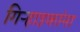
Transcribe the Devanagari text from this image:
गिऱ्हाइकांना